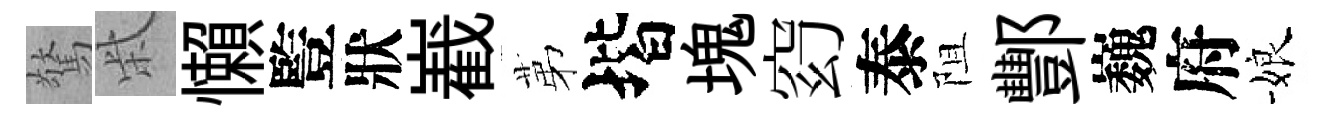
驚柴懶䜿狀嶻苐堦塊𥥆泰阻酆巍府娘